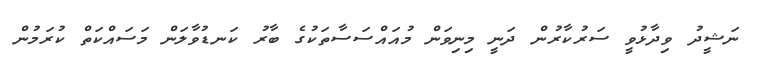
ނަޝީދު ވިދާޅުވީ ސަރުކާރުން ދަނީ މިނިވަން މުއައްސަސާތަކުގެ ބާރު ކަނޑުވާލަން މަސައްކަތް ކުރަމުން